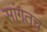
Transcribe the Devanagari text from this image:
सांगतच